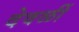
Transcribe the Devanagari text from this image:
देवळीं